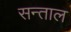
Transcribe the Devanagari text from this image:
सन्ताल